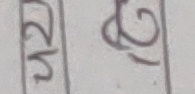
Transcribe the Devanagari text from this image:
५२ १२